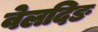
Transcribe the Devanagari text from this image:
वेलदिङ